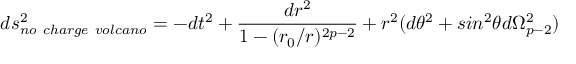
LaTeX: d s _ { n o \ c h a r g e \ v o l c a n o } ^ { 2 } = - d t ^ { 2 } + \frac { d r ^ { 2 } } { 1 - ( r _ { 0 } / r ) ^ { 2 p - 2 } } + r ^ { 2 } ( d \theta ^ { 2 } + s i n ^ { 2 } \theta d \Omega _ { p - 2 } ^ { 2 } )